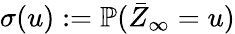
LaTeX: \sigma(u):={\mathbb P}(\bar{Z}_{\infty}=u)